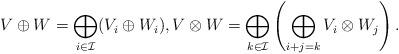
LaTeX: \begin{align*}V \oplus W = \bigoplus_{i \in \mathcal{I}}(V_i \oplus W_i), V \otimes W = \bigoplus_{k \in \mathcal{I}}\left(\bigoplus_{i+j=k} V_i \otimes W_j\right).\end{align*}